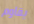
يقاوم